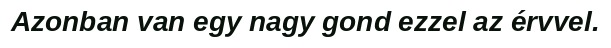
Azonban van egy nagy gond ezzel az érvvel.